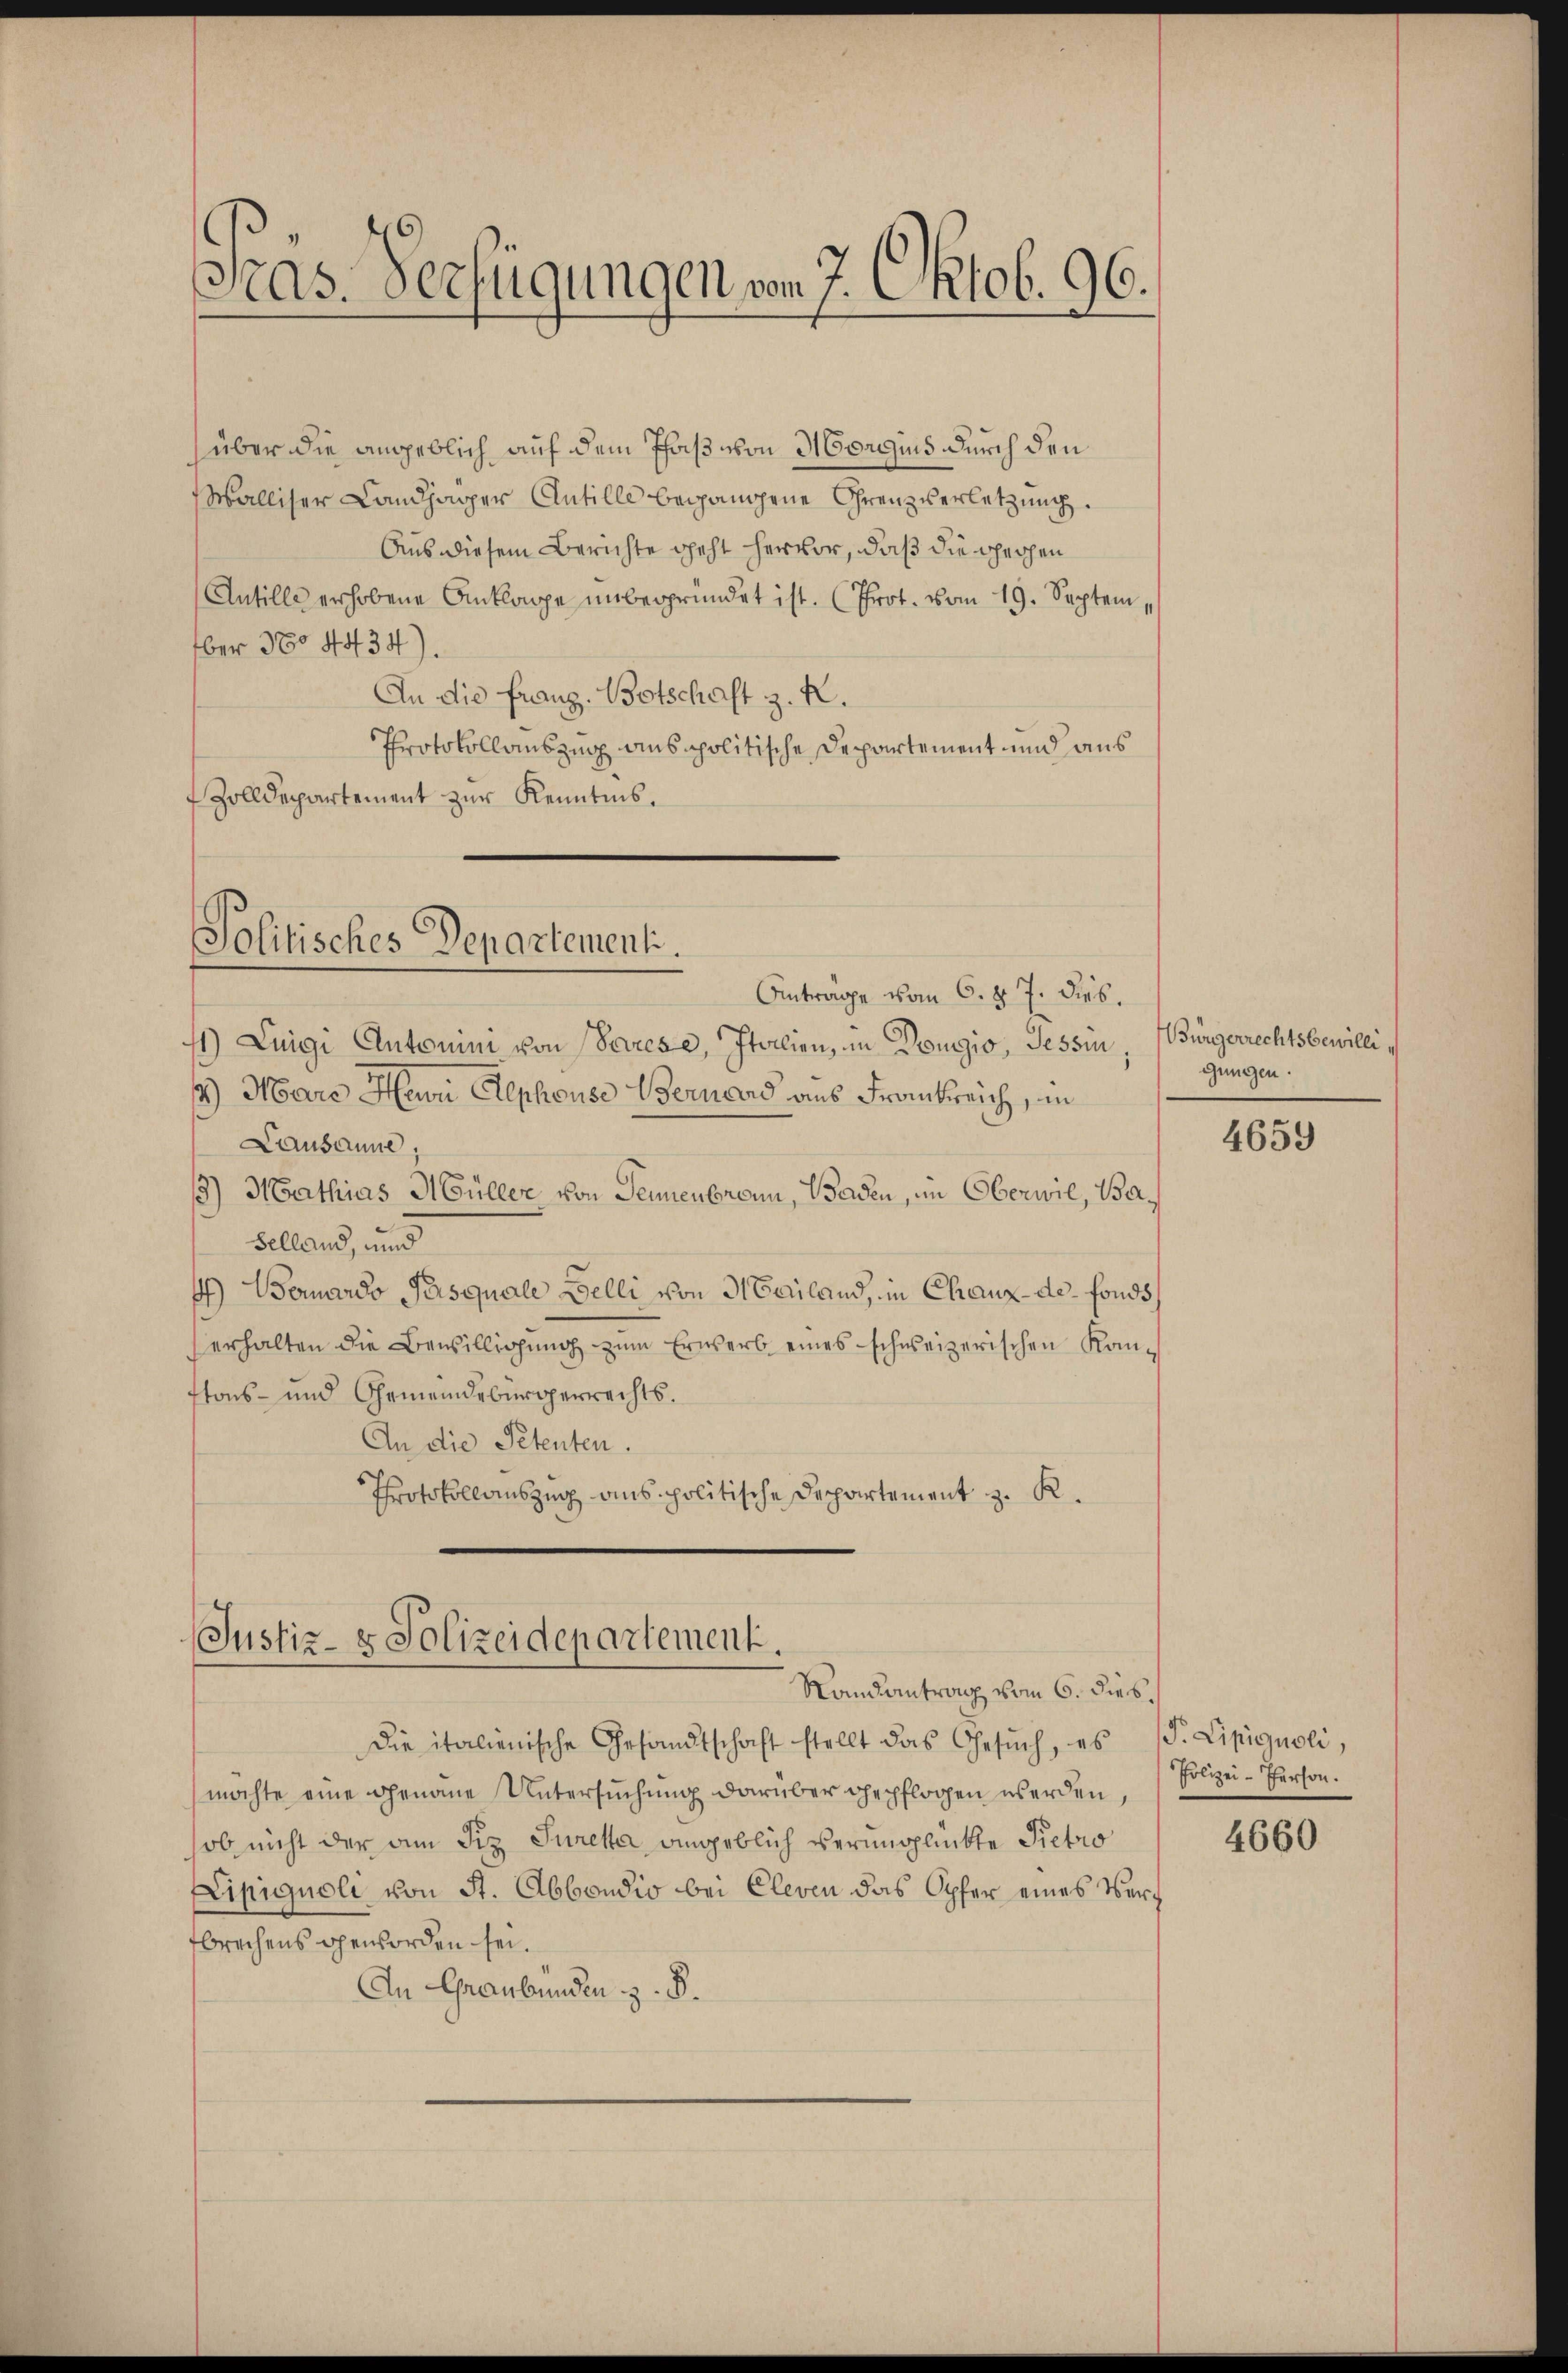
Pras-Verfügungen vom 7. Oktob. 96.

über die angeblich auf dem Thas von Morgius durch den
Walliser Landjäger Antille begangene Grenzverletzung.
Aus diesem Berichte geht hervor, daß die gechen
Antills erhobene Anklage unbegründet ist. (Prot. vom 19. September 3804434).
An die franz. Botschaft z. K.
Protokollauszug ausspolitische Departement und aus
 Zolldepartement zur Kenntnis.

Politisches Departementi.
Anträge vom 6. d. 7. dies.

1) Luigi Antonini von Parese, Italien, in Dougio, Tessin,
12) Marc Hurni Elephouse Bernard aus Frankreich, in
Lausanne,
13) Mathias Müller von Sennenbrunn, Baden, im Oberwil, Ba¬
Selland, und
4) Bernardo Pusquale Belli von Mailand, in Chaux-de fonds
erhalten die Bewilligung zum Erwerb eines schweizerischen Kanftons- und Gemeindebürgerrechts.
An die Petenten.
Protokollauszug aus politische Departement z. R.

Justiz- & Polizeidepartement.
Randantrag vom 6. dies

die italienische Gesandtschaft stellt das Gesŭch, es (T. Lipignoli,
möchte eine genaue Untersuchung darüber gepflogen werden,
sob nicht der am Siz Jureta angeblich verunglückte Pietro
Lipignoli von St. Abbondio bei Cleven das Opfer eines Verbrechens geworden sei.
An Graubünden z. B.

Bürgerrechtsbewilligungen.

4659

Polizei-Person.

4660